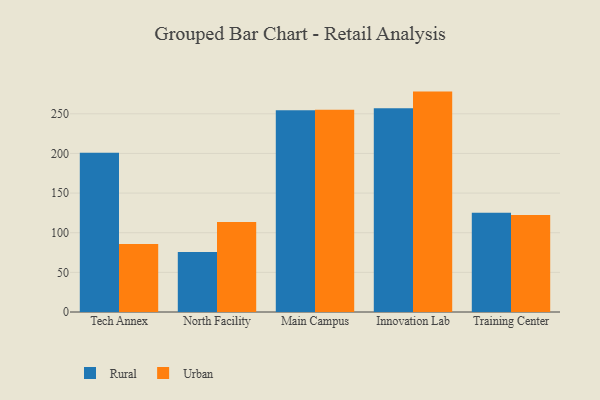
{"axis": {"x": "Campus", "y": "Page Views"}, "legend": ["Rural", "Urban"], "data": [{"x": "Tech Annex", "y": 201.0, "type": "Rural"}, {"x": "Tech Annex", "y": 85.7, "type": "Urban"}, {"x": "North Facility", "y": 75.7, "type": "Rural"}, {"x": "North Facility", "y": 113.6, "type": "Urban"}, {"x": "Main Campus", "y": 254.5, "type": "Rural"}, {"x": "Main Campus", "y": 255.1, "type": "Urban"}, {"x": "Innovation Lab", "y": 257.0, "type": "Rural"}, {"x": "Innovation Lab", "y": 278.0, "type": "Urban"}, {"x": "Training Center", "y": 125.1, "type": "Rural"}, {"x": "Training Center", "y": 122.3, "type": "Urban"}]}